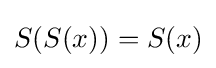
S(S(x))=S(x)